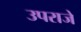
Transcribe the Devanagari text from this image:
उपराजे